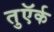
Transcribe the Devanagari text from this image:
तुऍर्क